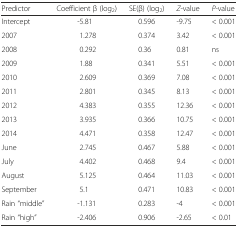
<table><thead><tr><td><b>Predictor</b></td><td><b>Coefficient β (log<sub>2</sub>)</b></td><td><b>SE(β) (log<sub>2</sub>)</b></td><td><b><i>Z</i>-value</b></td><td><b><i>P</i>-value</b></td></tr></thead><tbody><tr><td>Intercept</td><td>-5.81</td><td>0.596</td><td>-9.75</td><td>&lt; 0.001</td></tr><tr><td>2007</td><td>1.278</td><td>0.374</td><td>3.42</td><td>&lt; 0.001</td></tr><tr><td>2008</td><td>0.292</td><td>0.36</td><td>0.81</td><td>ns</td></tr><tr><td>2009</td><td>1.88</td><td>0.341</td><td>5.51</td><td>&lt; 0.001</td></tr><tr><td>2010</td><td>2.609</td><td>0.369</td><td>7.08</td><td>&lt; 0.001</td></tr><tr><td>2011</td><td>2.801</td><td>0.345</td><td>8.13</td><td>&lt; 0.001</td></tr><tr><td>2012</td><td>4.383</td><td>0.355</td><td>12.36</td><td>&lt; 0.001</td></tr><tr><td>2013</td><td>3.935</td><td>0.366</td><td>10.75</td><td>&lt; 0.001</td></tr><tr><td>2014</td><td>4.471</td><td>0.358</td><td>12.47</td><td>&lt; 0.001</td></tr><tr><td>June</td><td>2.745</td><td>0.467</td><td>5.88</td><td>&lt; 0.001</td></tr><tr><td>July</td><td>4.402</td><td>0.468</td><td>9.4</td><td>&lt; 0.001</td></tr><tr><td>August</td><td>5.125</td><td>0.464</td><td>11.03</td><td>&lt; 0.001</td></tr><tr><td>September</td><td>5.1</td><td>0.471</td><td>10.83</td><td>&lt; 0.001</td></tr><tr><td>Rain “middle”</td><td>-1.131</td><td>0.283</td><td>-4</td><td>&lt; 0.001</td></tr><tr><td>Rain “high”</td><td>-2.406</td><td>0.906</td><td>-2.65</td><td>&lt; 0.01</td></tr></tbody></table>